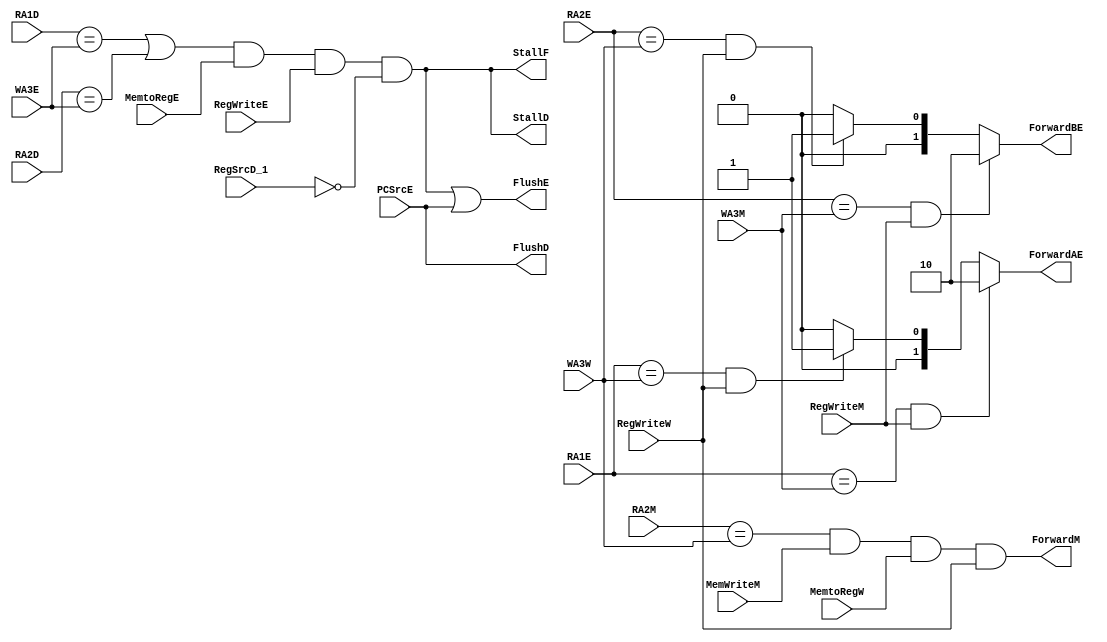
module HazardUnit (
    input [3:0]      RA1D,
    input [3:0]      RA2D,
    input [3:0]      WA3E,
    input            MemtoRegE,
    input            RegWriteE,
    input            PCSrcE,
    input [3:0]      RA1E,
    input [3:0]      RA2E,
    input [3:0]      RA2M,
    input [3:0]      WA3M,
    input [3:0]      WA3W,
    input            RegWriteM,
    input            RegWriteW,
    input            MemWriteM,
    input            MemtoRegW,
    input            RegSrcD_1,

    output           StallF,
    output           StallD,
    output           FlushE,
    output           FlushD,
    output reg [1:0] ForwardAE,
    output reg [1:0] ForwardBE,
    output           ForwardM 
);

wire Match_12D_E;
wire ldrstall;
wire Match_1E_M;
wire Match_2E_M;
wire Match_1E_W;
wire Match_2E_W;

assign ForwardM = (RA2M == WA3W) & MemWriteM & MemtoRegW & RegWriteW;
assign Match_1E_W = (RA1E == WA3W);
assign Match_2E_W = (RA2E == WA3W);
assign Match_1E_M = (RA1E == WA3M);
assign Match_2E_M = (RA2E == WA3M);
assign Match_12D_E = (RA1D == WA3E) || (RA2D == WA3E);
assign ldrstall = Match_12D_E & MemtoRegE & RegWriteE & (~RegSrcD_1);
assign StallF = ldrstall;
assign StallD = ldrstall;
assign FlushE = ldrstall || PCSrcE;
assign FlushD = PCSrcE;

always @(*) begin
    if (Match_1E_M & RegWriteM) ForwardAE = 10;
    else if (Match_1E_W & RegWriteW) ForwardAE = 01;
    else ForwardAE = 00;
end

always @(*) begin
    if (Match_2E_M & RegWriteM) ForwardBE = 10;
    else if (Match_2E_W & RegWriteW) ForwardBE = 01;
    else ForwardBE = 00;
end

endmodule //HazardUnit